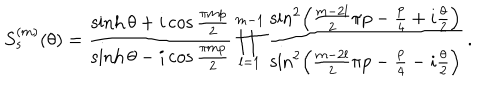
LaTeX: S _ { s } ^ { ( m ) } ( \theta ) = \frac { \sinh \theta + i \cos \frac { \pi m p } { 2 } } { \sinh \theta - i \cos \frac { \pi m p } { 2 } } \prod _ { l = 1 } ^ { m - 1 } \frac { \sin ^ { 2 } \left( \frac { m - 2 l } { 2 } \pi p - \frac { p } { 4 } + i \frac { \theta } { 2 } \right) } { \sin ^ { 2 } \left( \frac { m - 2 l } { 2 } \pi p - \frac { p } { 4 } - i \frac { \theta } { 2 } \right) } \, .